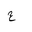
Letter: _ha